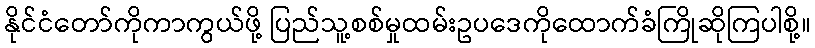
နိုင်ငံတော်ကိုကာကွယ်ဖို့ ပြည်သူ့စစ်မှုထမ်းဥပဒေကိုထောက်ခံကြိုဆိုကြပါစို့။